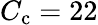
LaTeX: C_{\mathrm{c}}=22